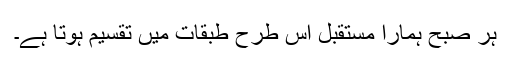
ہر صبح ہمارا مستقبل اس طرح طبقات میں تقسیم ہوتا ہے۔